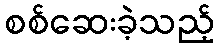
စစ်ဆေးခဲ့သည့်